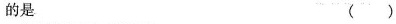
的是 ()